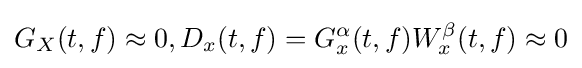
G_{X}(t,f)\approx 0,D_{x}(t,f)=G_{x}^{\alpha }(t,f)W_{x}^{\beta }(t,f)\approx 0